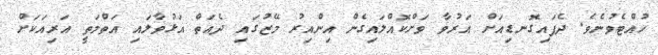
ހުއްޓެވުނެވެ. ދެފައިގޮނޑިއަށް އަރުވާ ވަށްކޮއްލައިގެން އިންއިރު މޭޒުގައި ދެއަތް އަޅުވާލައި އަތްމަތީ އަރިއަކަށް